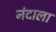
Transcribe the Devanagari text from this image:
नंदाला